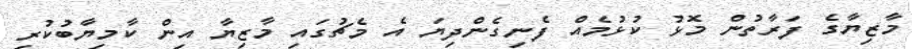
މާޒިޔާގެ ފަރާތުން މޮޅު ކުޅުމެއް ފެނިގެންދިޔަ އެ މެޗުގައި މާޒިޔާ އިން ކާމިޔާބުކުރި